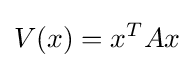
V(x)=x^{T}Ax